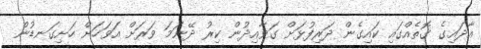
އާދައިގެ ގޮތެއްގައި ކައިގެން ދަރިފުޅަށް ގަވާއިދުން ކިރު ދޭނަމަ ވަރަށް އަވަހަށް ހަށިގަނޑުން